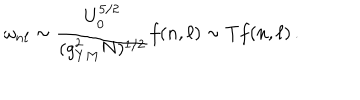
LaTeX: \omega _ { n \ell } \sim { \frac { U _ { 0 } ^ { 5 / 2 } } { ( g _ { Y M } ^ { 2 } N ) ^ { 1 / 2 } } } f ( n , \ell ) \sim T f ( n , \ell ) \, .